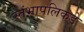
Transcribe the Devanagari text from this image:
स्तंभापलिकडे